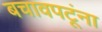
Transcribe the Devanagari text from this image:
बचावपटूंना